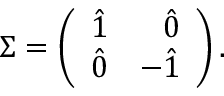
\Sigma = \left( \begin{array} { c r } { { \hat { 1 } } } & { { \hat { 0 } } } \\ { { \hat { 0 } } } & { { - \hat { 1 } } } \end{array} \right) .